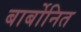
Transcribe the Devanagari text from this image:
बार्बोनित